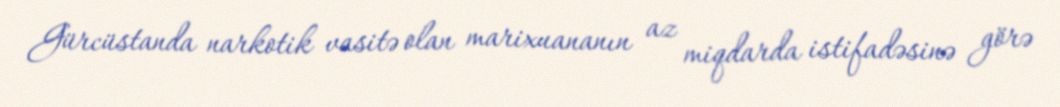
Gürcüstanda narkotik vasitə olan marixuananın az miqdarda istifadəsinə görə